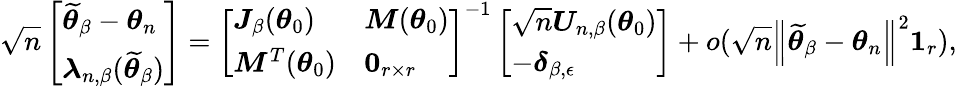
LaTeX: \sqrt{n}\left[\begin{array}{l}{\widetilde{\boldsymbol{\theta}}_{\beta}-\boldsymbol{\theta}_{n}}\\ {\boldsymbol{\lambda}_{n,\beta}(\widetilde{\boldsymbol{\theta}}_{\beta})}\end{array}\right]=\left[\begin{array}{ll}{\boldsymbol{J}_{\beta}(\boldsymbol{\theta}_{0})}&{\boldsymbol{M}(\boldsymbol{\theta}_{0})}\\ {\boldsymbol{M}^{T}(\boldsymbol{\theta}_{0})}&{\boldsymbol{0}_{r\times r}}\end{array}\right]^{-1}\left[\begin{array}{l}{\sqrt{n}\boldsymbol{U}_{n,\beta}(\boldsymbol{\theta}_{0})}\\ {-\boldsymbol{\delta}_{\beta,\epsilon}}\end{array}\right]+o(\sqrt{n}\left\Vert\widetilde{\boldsymbol{\theta}}_{\beta}-\boldsymbol{\theta}_{n}\right\Vert^{2}\boldsymbol{1}_{r}),